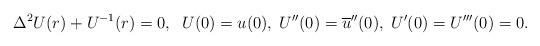
LaTeX: \begin{align*} \Delta^{2}U(r)+U^{-1}(r)=0, \;\; U(0)=u(0),\; U''(0)= \overline{u}''(0),\; U'(0) = U'''(0)=0.\end{align*}